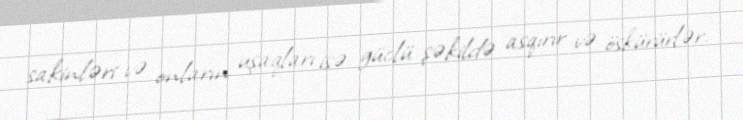
sakinləri və onların uşaqları isə güclü şəkildə asqırır və öskürürlər.